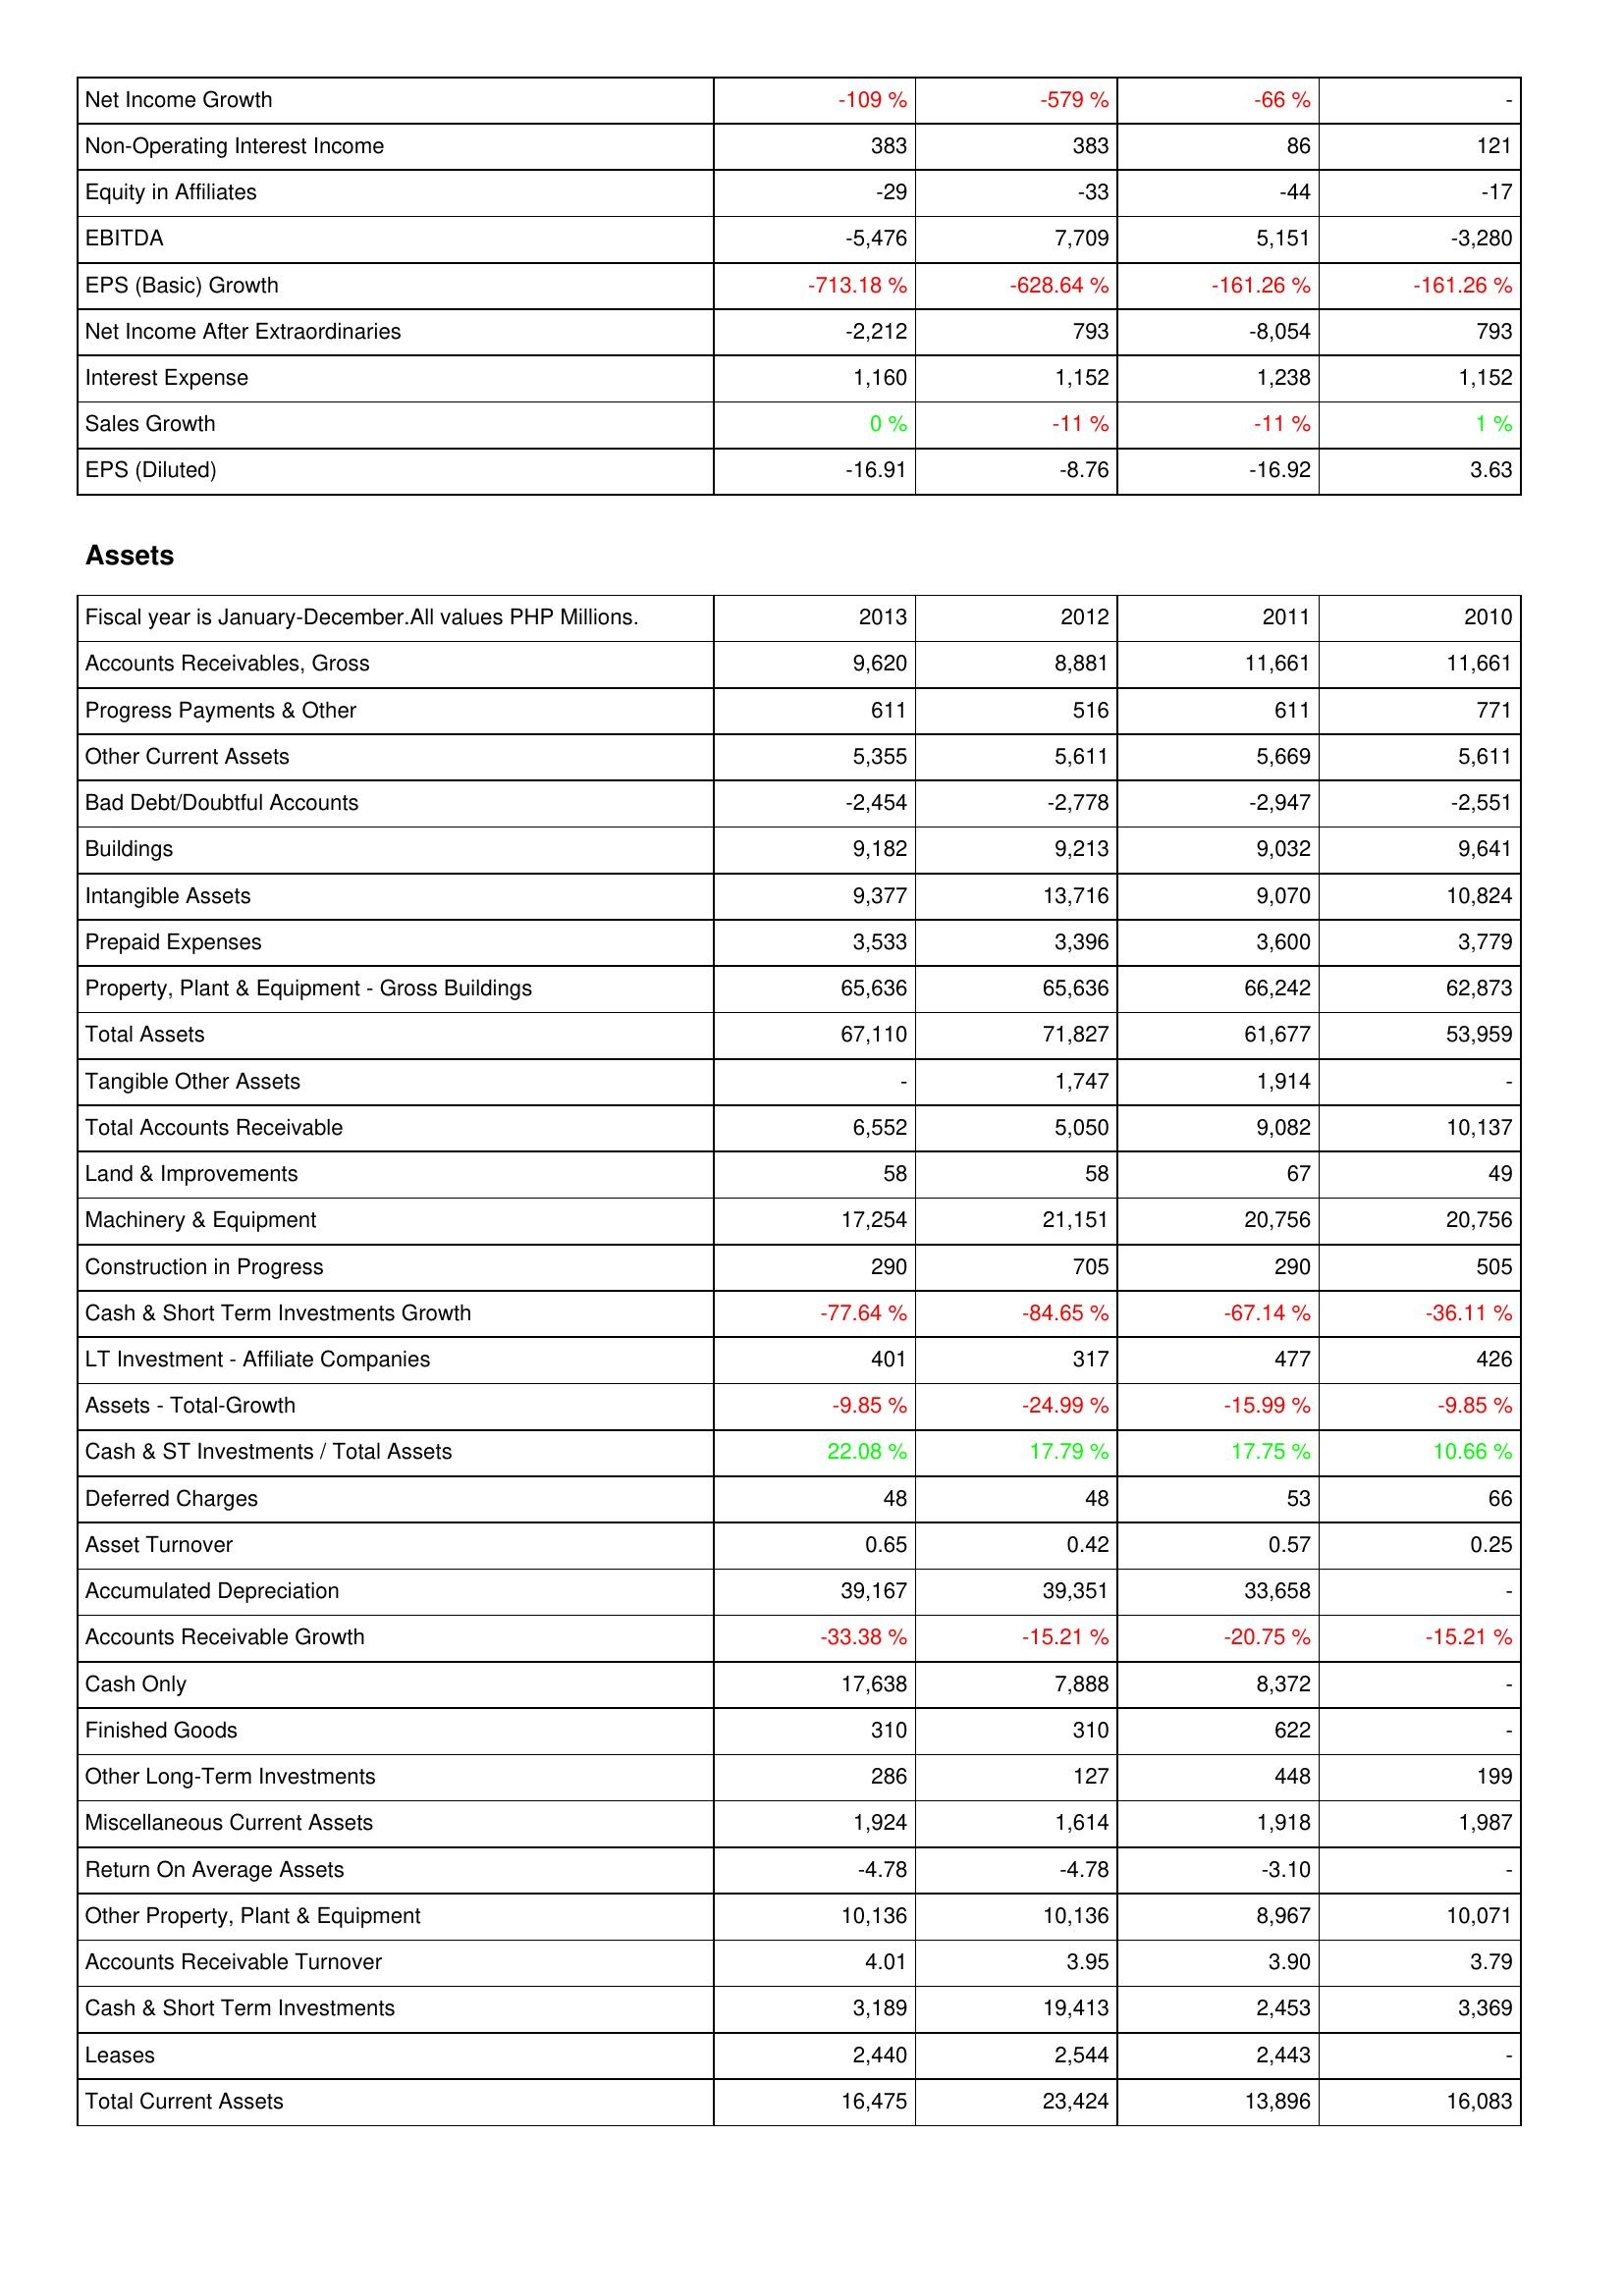
2013: Income Statement: Net Income Growth: -109 %
Non-Operating Interest Income: 383
Equity in Affiliates: -29
EBITDA: -5,476
EPS (Basic) Growth: -713.18 %
Net Income After Extraordinaries: -2,212
Interest Expense: 1,160
Sales Growth: 0 %
EPS (Diluted): -16.91
Assets: Accounts Receivables, Gross: 9,620
Progress Payments & Other: 611
Other Current Assets: 5,355
Bad Debt/Doubtful Accounts: -2,454
Buildings: 9,182
Intangible Assets: 9,377
Prepaid Expenses: 3,533
Property, Plant & Equipment - Gross Buildings: 65,636
Total Assets: 67,110
Tangible Other Assets: -
Total Accounts Receivable: 6,552
Land & Improvements: 58
Machinery & Equipment: 17,254
Construction in Progress: 290
Cash & Short Term Investments Growth: -77.64 %
LT Investment - Affiliate Companies: 401
Assets - Total-Growth: -9.85 %
Cash & ST Investments / Total Assets: 22.08 %
Deferred Charges: 48
Asset Turnover: 0.65
Accumulated Depreciation: 39,167
Accounts Receivable Growth: -33.38 %
Cash Only: 17,638
Finished Goods: 310
Other Long-Term Investments: 286
Miscellaneous Current Assets: 1,924
Return On Average Assets: -4.78
Other Property, Plant & Equipment: 10,136
Accounts Receivable Turnover: 4.01
Cash & Short Term Investments: 3,189
Leases: 2,440
Total Current Assets: 16,475
2012: Income Statement: Net Income Growth: -579 %
Non-Operating Interest Income: 383
Equity in Affiliates: -33
EBITDA: 7,709
EPS (Basic) Growth: -628.64 %
Net Income After Extraordinaries: 793
Interest Expense: 1,152
Sales Growth: -11 %
EPS (Diluted): -8.76
Assets: Accounts Receivables, Gross: 8,881
Progress Payments & Other: 516
Other Current Assets: 5,611
Bad Debt/Doubtful Accounts: -2,778
Buildings: 9,213
Intangible Assets: 13,716
Prepaid Expenses: 3,396
Property, Plant & Equipment - Gross Buildings: 65,636
Total Assets: 71,827
Tangible Other Assets: 1,747
Total Accounts Receivable: 5,050
Land & Improvements: 58
Machinery & Equipment: 21,151
Construction in Progress: 705
Cash & Short Term Investments Growth: -84.65 %
LT Investment - Affiliate Companies: 317
Assets - Total-Growth: -24.99 %
Cash & ST Investments / Total Assets: 17.79 %
Deferred Charges: 48
Asset Turnover: 0.42
Accumulated Depreciation: 39,351
Accounts Receivable Growth: -15.21 %
Cash Only: 7,888
Finished Goods: 310
Other Long-Term Investments: 127
Miscellaneous Current Assets: 1,614
Return On Average Assets: -4.78
Other Property, Plant & Equipment: 10,136
Accounts Receivable Turnover: 3.95
Cash & Short Term Investments: 19,413
Leases: 2,544
Total Current Assets: 23,424
2011: Income Statement: Net Income Growth: -66 %
Non-Operating Interest Income: 86
Equity in Affiliates: -44
EBITDA: 5,151
EPS (Basic) Growth: -161.26 %
Net Income After Extraordinaries: -8,054
Interest Expense: 1,238
Sales Growth: -11 %
EPS (Diluted): -16.92
Assets: Accounts Receivables, Gross: 11,661
Progress Payments & Other: 611
Other Current Assets: 5,669
Bad Debt/Doubtful Accounts: -2,947
Buildings: 9,032
Intangible Assets: 9,070
Prepaid Expenses: 3,600
Property, Plant & Equipment - Gross Buildings: 66,242
Total Assets: 61,677
Tangible Other Assets: 1,914
Total Accounts Receivable: 9,082
Land & Improvements: 67
Machinery & Equipment: 20,756
Construction in Progress: 290
Cash & Short Term Investments Growth: -67.14 %
LT Investment - Affiliate Companies: 477
Assets - Total-Growth: -15.99 %
Cash & ST Investments / Total Assets: 17.75 %
Deferred Charges: 53
Asset Turnover: 0.57
Accumulated Depreciation: 33,658
Accounts Receivable Growth: -20.75 %
Cash Only: 8,372
Finished Goods: 622
Other Long-Term Investments: 448
Miscellaneous Current Assets: 1,918
Return On Average Assets: -3.10
Other Property, Plant & Equipment: 8,967
Accounts Receivable Turnover: 3.90
Cash & Short Term Investments: 2,453
Leases: 2,443
Total Current Assets: 13,896
2010: Income Statement: Net Income Growth: -
Non-Operating Interest Income: 121
Equity in Affiliates: -17
EBITDA: -3,280
EPS (Basic) Growth: -161.26 %
Net Income After Extraordinaries: 793
Interest Expense: 1,152
Sales Growth: 1 %
EPS (Diluted): 3.63
Assets: Accounts Receivables, Gross: 11,661
Progress Payments & Other: 771
Other Current Assets: 5,611
Bad Debt/Doubtful Accounts: -2,551
Buildings: 9,641
Intangible Assets: 10,824
Prepaid Expenses: 3,779
Property, Plant & Equipment - Gross Buildings: 62,873
Total Assets: 53,959
Tangible Other Assets: -
Total Accounts Receivable: 10,137
Land & Improvements: 49
Machinery & Equipment: 20,756
Construction in Progress: 505
Cash & Short Term Investments Growth: -36.11 %
LT Investment - Affiliate Companies: 426
Assets - Total-Growth: -9.85 %
Cash & ST Investments / Total Assets: 10.66 %
Deferred Charges: 66
Asset Turnover: 0.25
Accumulated Depreciation: -
Accounts Receivable Growth: -15.21 %
Cash Only: -
Finished Goods: -
Other Long-Term Investments: 199
Miscellaneous Current Assets: 1,987
Return On Average Assets: -
Other Property, Plant & Equipment: 10,071
Accounts Receivable Turnover: 3.79
Cash & Short Term Investments: 3,369
Leases: -
Total Current Assets: 16,083